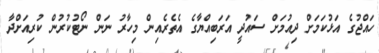
ހައްޖުގެ އަޅުކަމަށް ދިއުމަށް ސައުދީ އަރަބިއްޔާގެ އެތެރެއިން މިހާރު ނަން ނޯޓުކުރުން ކުރިއަށްދާ